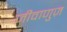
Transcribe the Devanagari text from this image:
जीवाणुज़